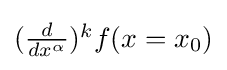
{\textstyle ({d \over dx^{\alpha }})^{k}f(x=x_{0})}